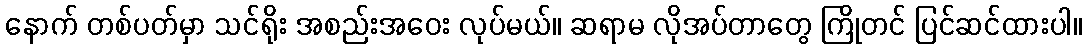
နောက် တစ်ပတ်မှာ သင်ရိုး အစည်းအဝေး လုပ်မယ်။ ဆရာမ လိုအပ်တာတွေ ကြိုတင် ပြင်ဆင်ထားပါ။